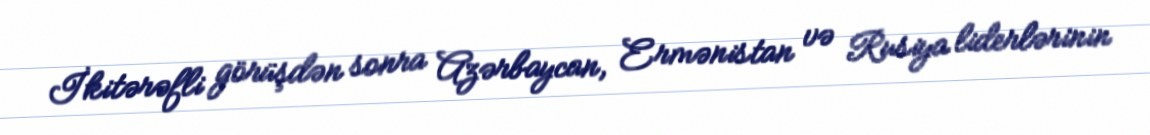
İkitərəfli görüşdən sonra Azərbaycan, Ermənistan və Rusiya liderlərinin